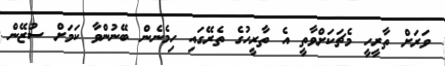
ވަރަށް ތާރީހީ މެޗަކަށްވާތީ އެ ތާރީހުގެ ތެރޭގައި ހިމެނެން ބޭނުންވާ ކަމަށް ސުޒޭން